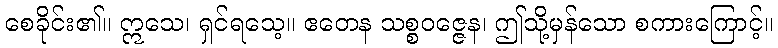
စေခိုင်း၏။ ဣသေ၊ ရှင်ရသေ့။ ဧတေန သစ္စဝဇ္ဇေန၊ ဤသို့မှန်သော စကားကြောင့်။